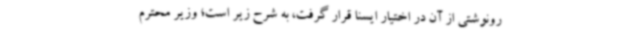
رونوشتی از آن در اختیار ایسنا قرار گرفت، به شرح زیر است؛ وزیر محترم